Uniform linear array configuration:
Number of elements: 16
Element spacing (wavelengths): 0.75
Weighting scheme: uniform
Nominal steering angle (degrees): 45
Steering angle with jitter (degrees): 43.201
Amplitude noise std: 0.05
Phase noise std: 0.05

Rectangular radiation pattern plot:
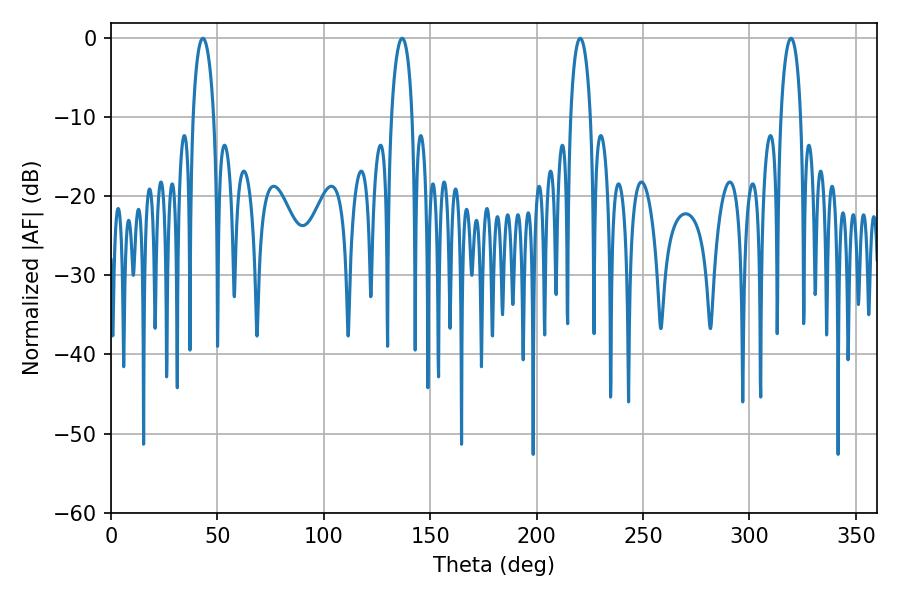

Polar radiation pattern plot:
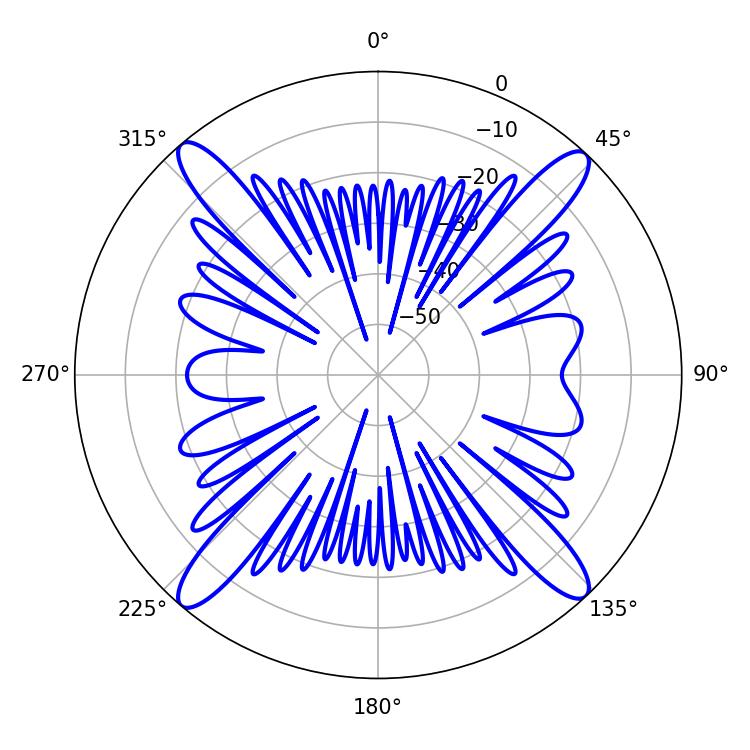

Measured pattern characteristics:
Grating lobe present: TRUE
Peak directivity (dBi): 21.126
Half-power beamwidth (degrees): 5.58
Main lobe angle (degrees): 136.8